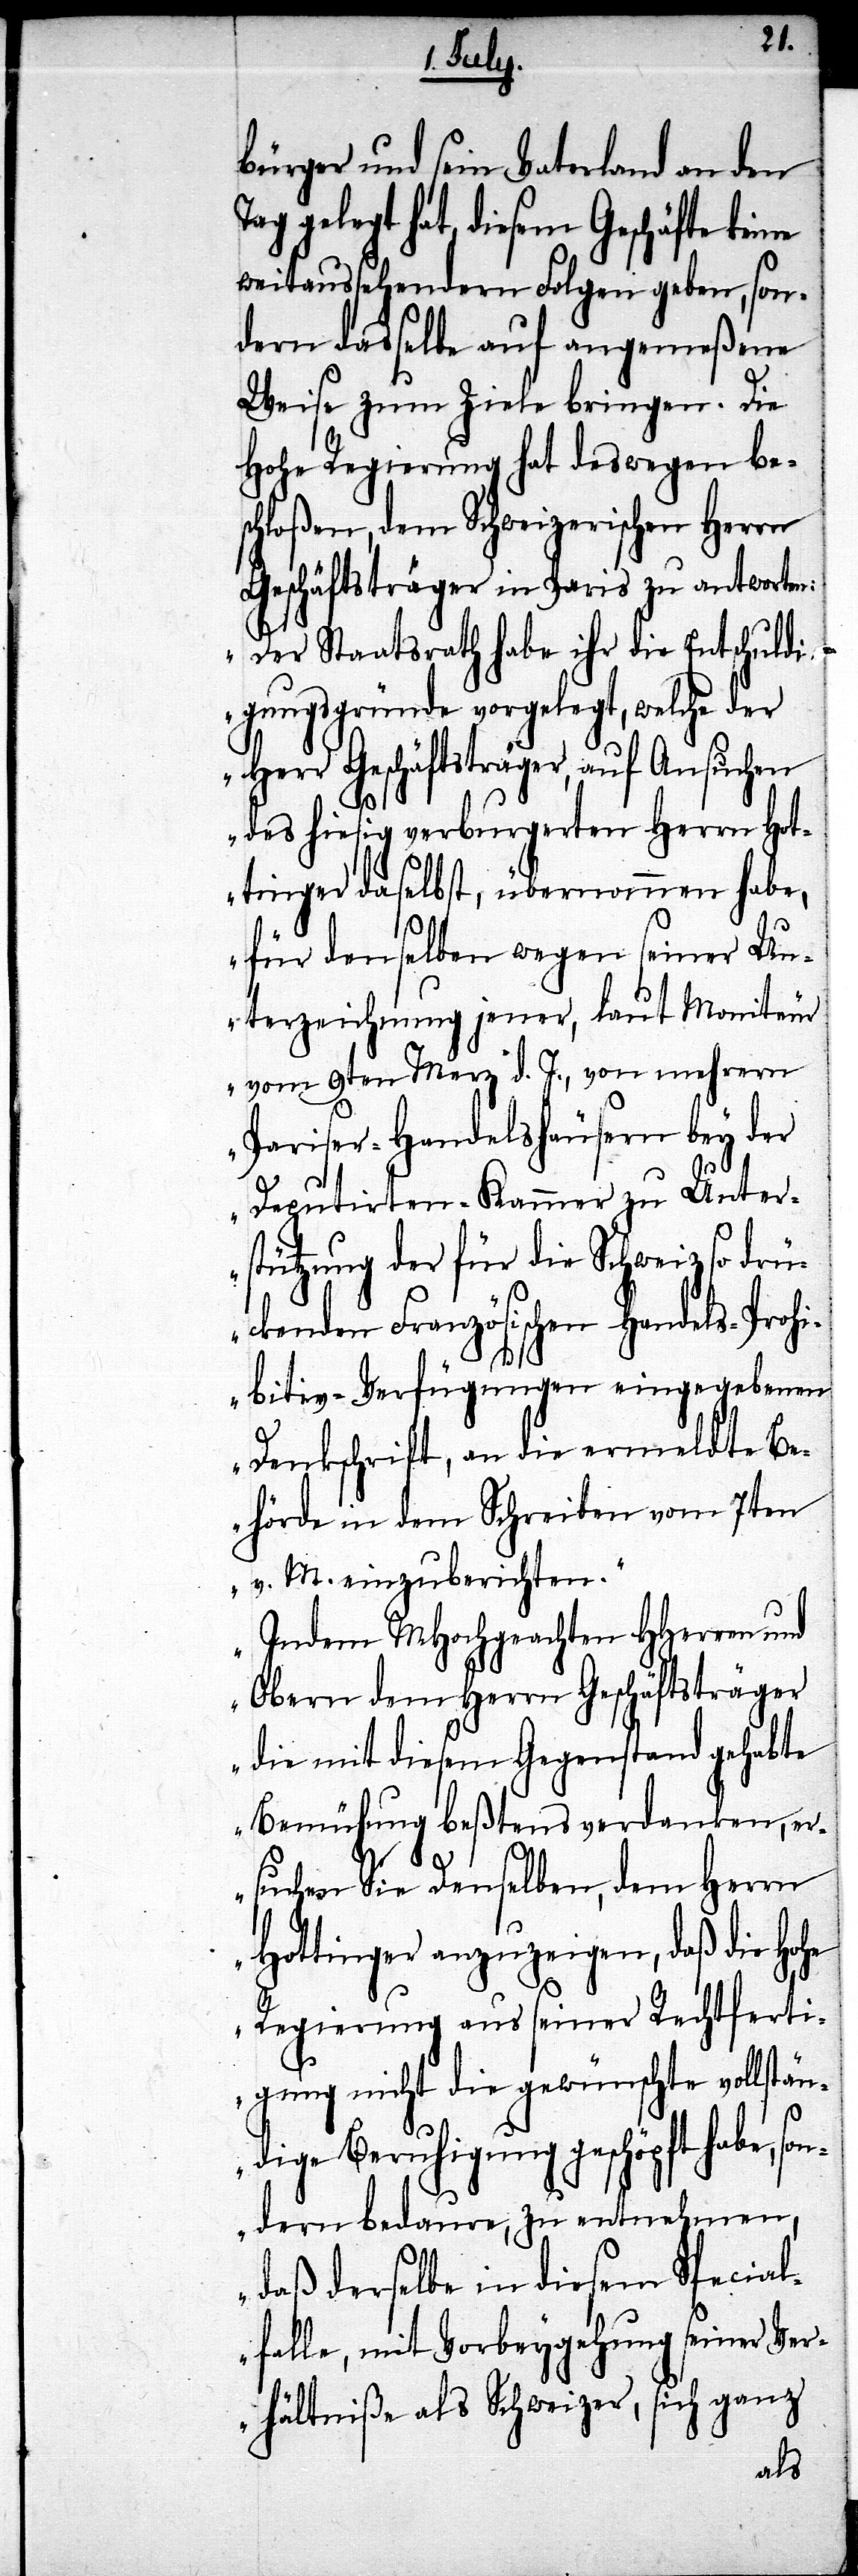
bürger und sein Vaterland an den
Tag gelegt hat, diesem Geschäfte keine
weitaussehendern Folgen geben, son¬
dern dasselbe auf angemeßene
Weise zum Ziele bringen. Die
Hohe Regierung hat deswegen be¬
schloßen, dem Schweizerischen Herrn
Geschäftsträger in Paris zu antworten:
„Der Staatsrath habe ihr die Entschuldi¬
gungsgründe vorgelegt, welche der
Herr Geschäftsträger, auf Ansuchen
des hiesig verburgerten Herrn Hot¬
tinger daselbst, übernommen habe,
für denselben wegen seiner Un¬
terzeichnung jener, laut Moniteur
vom 9ten Merz d. J., von mehrern
Pariser-Handelshäusern bey der
Deputirten-Kammer zu Unter¬
stützung der für die Schweiz so drü¬
ckenden Französischen Handels-Prohi¬
bitiv-Verfügungen eingegebenen
Denkschrift, an die ermeldte Be¬
hörde in dem Schreiben vom 7ten
v. M. einzuberichten.
Indem MHochgeachteten HHerren und
Obern dem Herrn Geschäftsträger
die mit diesem Gegenstand gehabte
Bemühung beßtens verdanken, er¬
suchen Sie Denselben, dem Herrn
Hottinger anzuzeigen, daß die Hohe
Regierung aus seiner Rechtferti¬
gung nicht die gewünschte vollstän¬
dige Beruhigung geschöpft habe,
sondern bedaure, zu entnehmen,
daß derselbe in diesem Special¬
falle, mit Vorbeygehung seiner Ver¬
hältniße als Schweizer, sich ganz